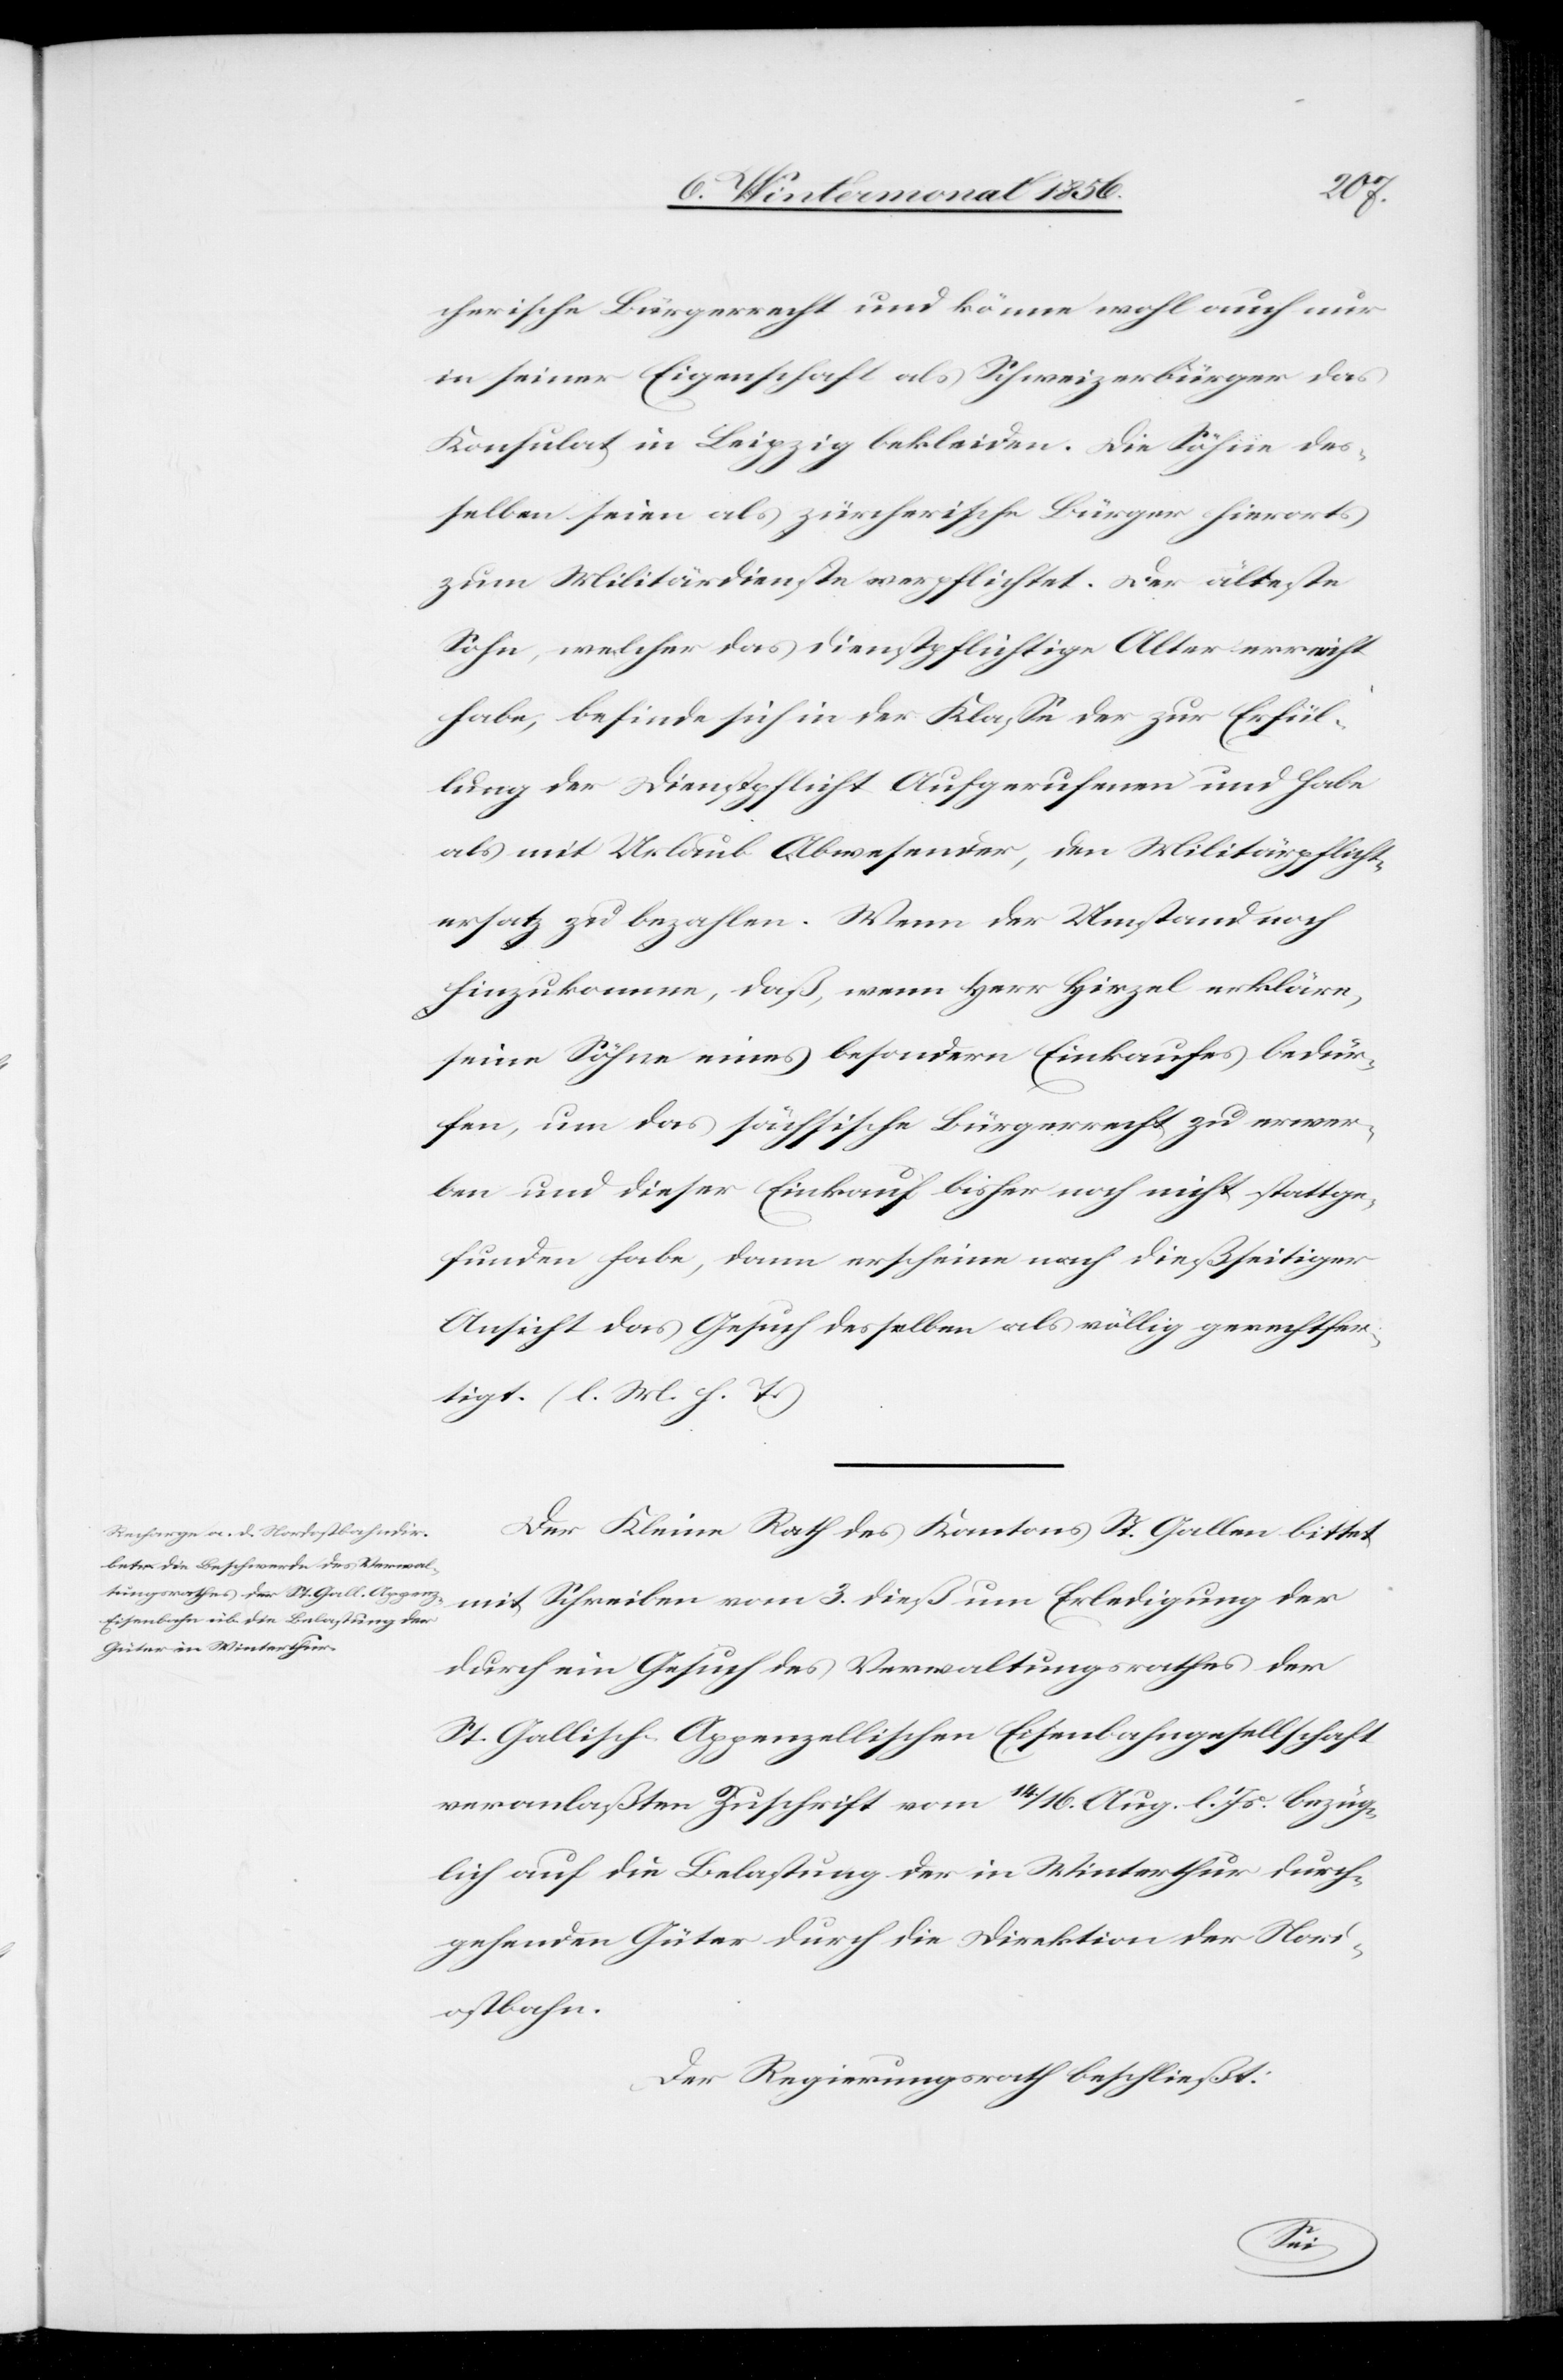
cherische Bürgerrecht und könne wohl auch nur
in seiner Eigenschaft als Schweizerbürger das
Konsulat in Leipzig bekleiden. Die Söhne des¬
selben seien als zürcherische Bürger hierorts
zum Militärdienste verpflichtet. Der älteste
Sohn, welcher das dienstpflichtige Alter erreicht
habe, befinde sich in der Klasse der zur Erfül¬
lung der Dienstpflicht Aufgerufenen und habe
als mit Urlaub Abwesender, den Militärpflichte¬
rsatz zu bezahlen. Wenn der Umstand noch
hinzukomme, daß, wenn Herr Hirzel erkläre,
seine Söhne eines besondern Einkaufes bedür¬
fen, um das sächsische Bürgerrecht zu erwer¬
ben und dieser Einkauf bisher noch nicht stattge¬
funden habe, dann erscheine nach dießseitiger
Ansicht das Gesuch desselben als völlig gerechtfer¬
tigt. (l. M. h. T.)
Der Kleine Rath des Kantons St. Gallen bittet
mit Schreiben vom 3. dieß um Erledigung der
durch ein Gesuch des Verwaltungsrathes der
St. Gallisch-Appenzellischen Eisenbahngesellschaft
veranlaßten Zuschrift vom 14./16. Aug. l. Js. bezüg¬
lich auf die Belastung der in Winterthur durch¬
gehenden Güter durch die Direktion der Nord¬
ostbahn.
Der Regierungsrath beschließt: